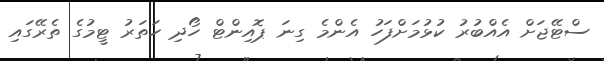
ސްޓޭޖަށް އެއްްބުރު ކުޅުމަށްފަހު އެންމެ ގިނަ ޕޮއިންޓް ހޯދި ހަތަރު ޓީމުގެ ތެރޭގައި